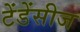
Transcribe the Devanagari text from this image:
टेंडेंसीज